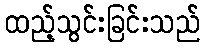
ထည့်သွင်းခြင်းသည်